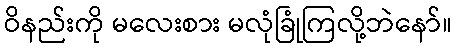
ဝိနည်းကို မလေးစား မလုံခြုံကြလို့ဘဲနော်။